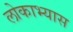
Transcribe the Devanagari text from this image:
लोकाभ्यास